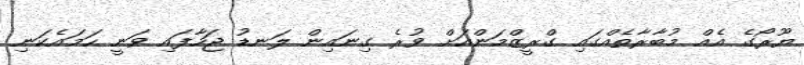
ޔޫރޯގެ އެއް މުބާރާތެއްގައި ގްރީޒްމަންއަށް ވުރެ ގިނައިން ލަނޑު ޖަހާފައި ވަނީ ހަމައެކަނި